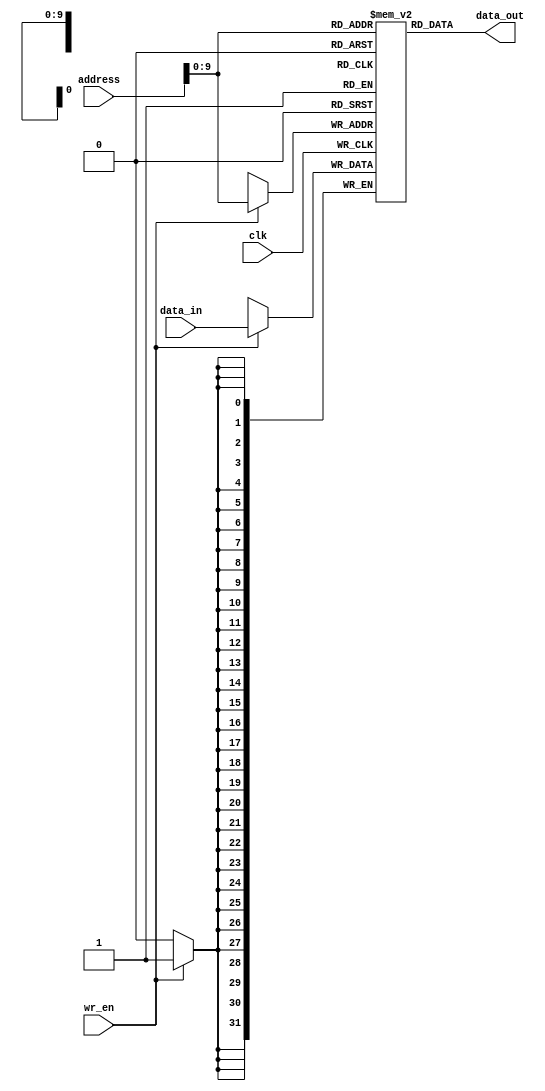

module Data_Mem(clk, wr_en, address, data_in, data_out);

input wire[0:0] clk, wr_en;
input wire[31:0] address, data_in;
output wire[31:0] data_out;

reg [0:31] memory [1023:0]; 

always @(posedge clk) begin

if(wr_en) memory[address] = data_in;

end

assign data_out = memory[address];

endmodule